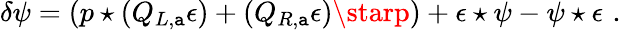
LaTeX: \delta\psi=(p\star(Q_{L,\mathtt{a}}\epsilon)+(Q_{R,\mathtt{a}}\epsilon)\starp)+\epsilon\star\psi-\psi\star\epsilon\, \, .